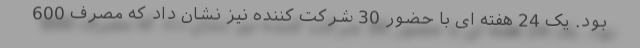
بود. یک 24 هفته ای با حضور 30 شرکت کننده نیز نشان داد که مصرف 600